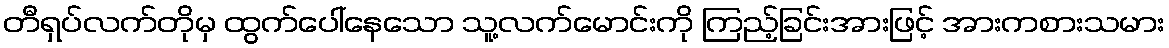
တီရှပ်လက်တိုမှ ထွက်ပေါ်နေသော သူ့လက်မောင်းကို ကြည့်ခြင်းအားဖြင့် အားကစားသမား